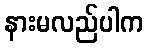
နားမလည်ပါက